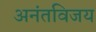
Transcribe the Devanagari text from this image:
अनंतविजय